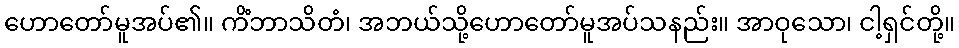
ဟောတော်မူအပ်၏။ ကိံဘာသိတံ၊ အဘယ်သို့ဟောတော်မူအပ်သနည်း။ အာဝုသော၊ ငါ့ရှင်တို့။